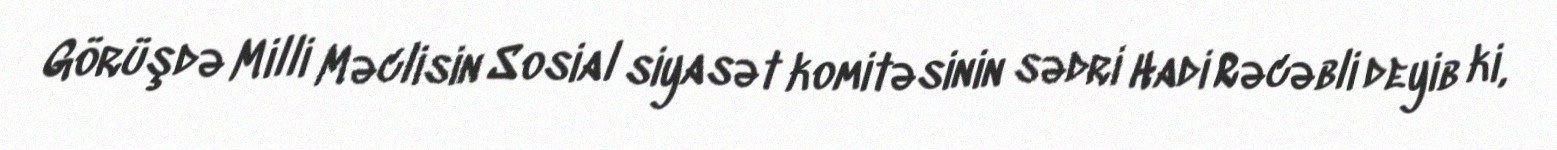
Görüşdə Milli Məclisin Sosial siyasət komitəsinin sədri Hadi Rəcəbli deyib ki,